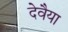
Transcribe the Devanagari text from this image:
देवैया